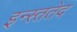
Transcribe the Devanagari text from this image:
इन्स्ततेद